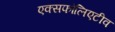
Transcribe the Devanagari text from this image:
एक्सफोलिएटीव